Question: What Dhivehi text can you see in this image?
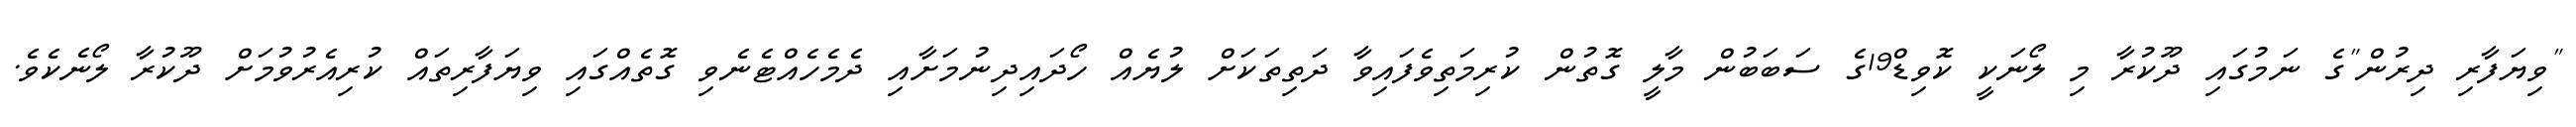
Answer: "ވިޔަފާރި ދިރުން"ގެ ނަމުގައި ދޫކުރާ މި ލޯނަކީ ކޮވިޑް19ގެ ސަބަބުން މާލީ ގޮތުން ކުރިމަތިވެފައިވާ ދަތިތަކަށް ލުޔެއް ހޯދައިދިނުމަށާއި ދެމެހެއްޓެނެވި ގޮތެއްގައި ވިޔަފާރިތައް ކުރިއެރުވުމަށް ދޫކުރާ ލޯނެކެވެ.